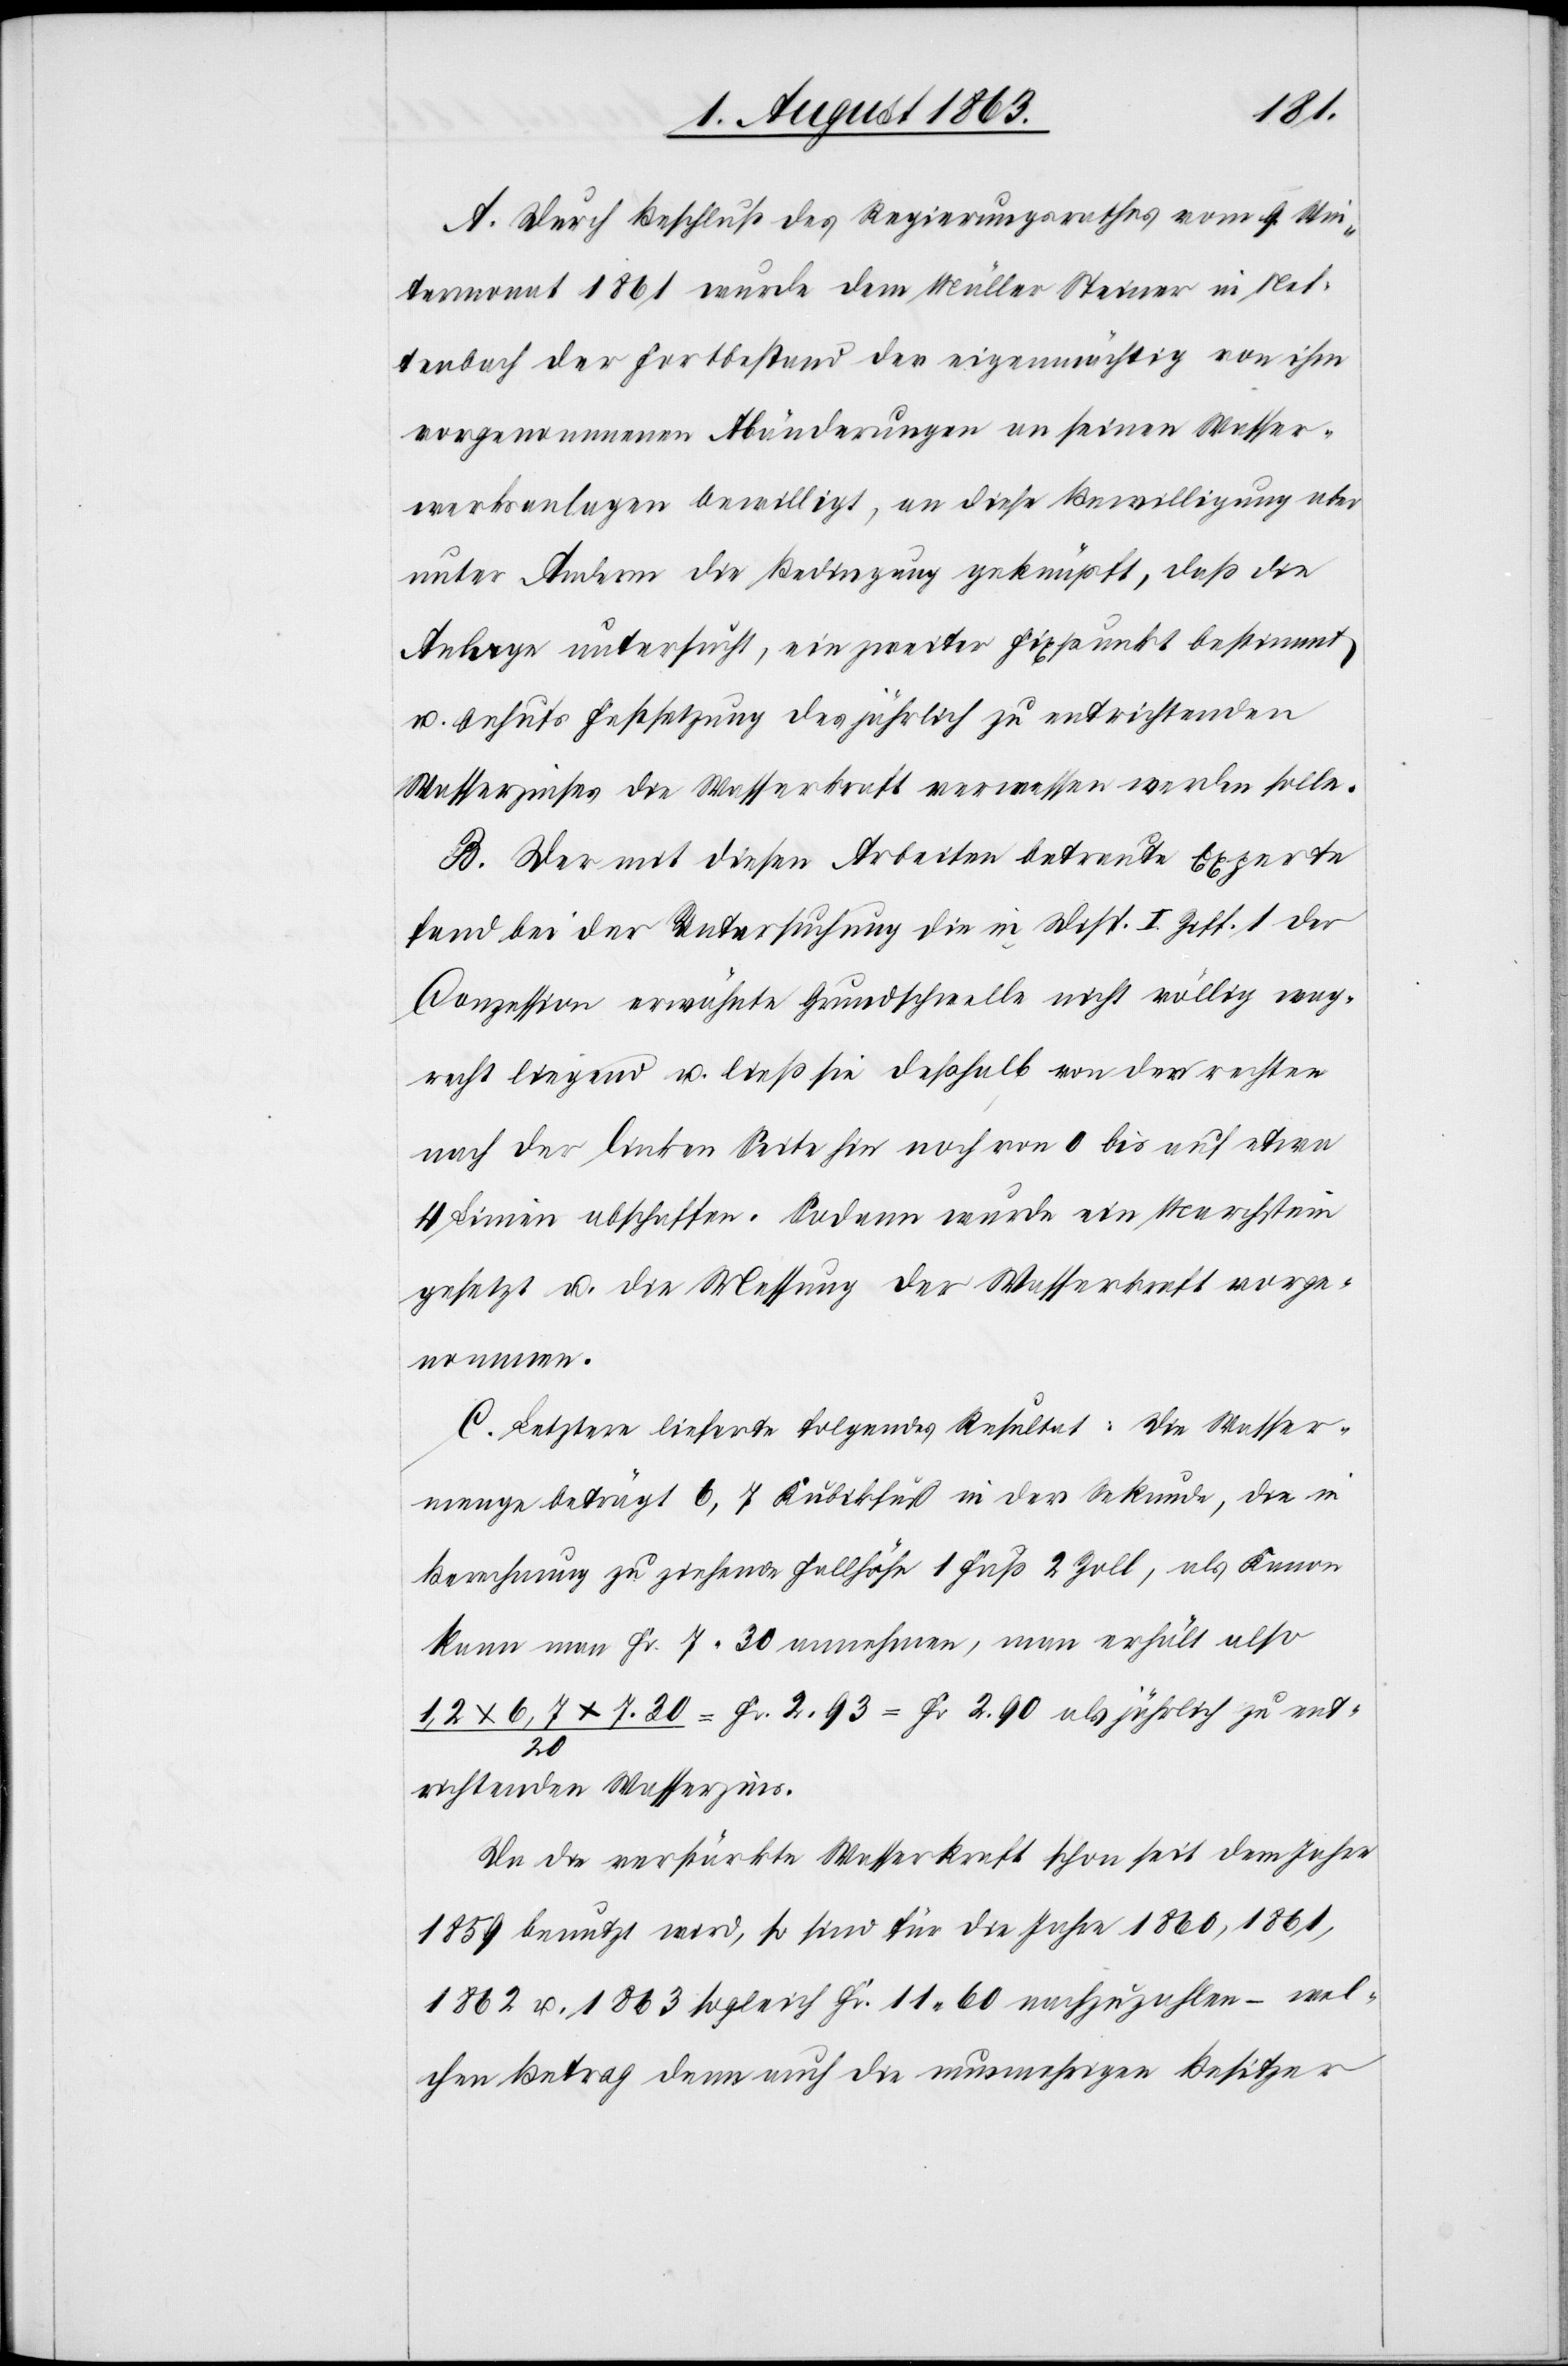
A. Durch Beschluß des Regierungsrath vom 9. Win¬
termonat 1861 wurde dem Müller Steiner in Nef¬
tenbach der Fortbestand der eigenmächtig von ihm
vorgenommenen Abänderungen an seinen Wasser¬
werksanlagen bewilligt, an diese Bewilligung aber
unter Anderm die Bedingung geknüpft, daß die
Anlage untersucht, ein zweiter Fixpunkt bestimmt
u. behufs Festsetzung des jährlich zu entrichtenden
Wasserzinses die Wasserkraft vermessen werden solle.
B. Der mit diesen Arbeiten betreute Experte
fand bei der Untersuchung die in Disp. I Ziff. 1 der
Conzession erwähnte Grundschwelle nicht völlig wag¬
recht liegend u. ließ sie deßhalb von der rechten
nach der linken Seite hin noch von 0 bis auf etwa
4 Linien abschaffen. Sodann wurde ein Marchstein
gesetzt u. die Messung der Wasserkraft vorge¬
nommen.
C. Letztere lieferte folgendes Resultat: Die Wasser¬
menge beträgt 6,7 Kubikfuß in der Sekunde, die in
Berechnung zu ziehende Fallhöhe 1 Fuß 2 Zoll, als Kanon
kann man Fr. 7. 30 annehmen, man erhält also
1,2 x 6,7 x 7.30 / 20 = Fr. 2. 93 = Fr. 2. 90 als jährlich zu ent¬
richtenden Wasserzins.
Da die verstärkte Wasserkraft schon seit dem Jahre
1859 benutzt wird, so sind für die Jahre 1860, 1861,
1862 u. 1863 sogleich Fr. 11. 60 nachzuzahlen – wel¬
chen Betrag denn auch die nunmehrigen Besitzer